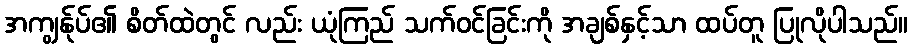
အကျွန်ုပ်၏ စိတ်ထဲတွင် လည်း ယုံကြည် သက်ဝင်ခြင်းကို အချစ်နှင့်သာ ထပ်တူ ပြုလိုပါသည်။